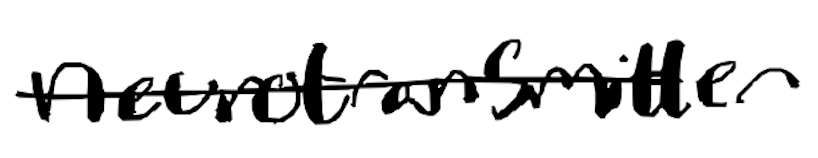
Text: neurotransmitter
Cross-out: mix
Writing tool: digital_black